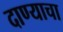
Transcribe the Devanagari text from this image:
दाण्याचा